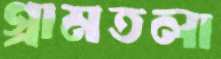
গ্রামতলা